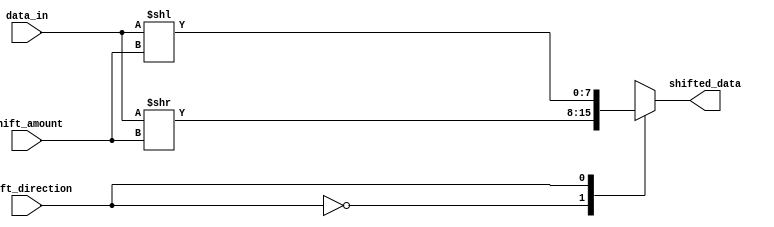
module barrel_shifter(
  input [7:0] data_in,
  input [2:0] shift_amount,
  input shift_direction,
  output [7:0] shifted_data
);

  reg [7:0] shifter_result;

  always @(*) begin
    if (shift_direction == 1'b0) begin // Right shift
      shifter_result = data_in >> shift_amount;
    end else begin // Left shift
      shifter_result = data_in << shift_amount;
    end
  end

  always @(data_in, shift_amount, shift_direction) begin
    case(shift_direction)
      1'b0: shifted_data = data_in >> shift_amount;
      1'b1: shifted_data = data_in << shift_amount; 
    endcase
  end

endmodule